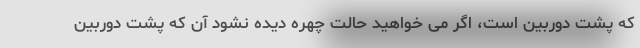
که پشت دوربین است، اگر می خواهید حالت چهره دیده نشود آن که پشت دوربین